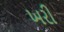
ખરી